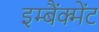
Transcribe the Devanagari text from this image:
इम्बैंक्मेंट